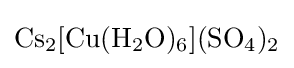
{\ce {Cs2[Cu(H2O)6](SO4)2}}